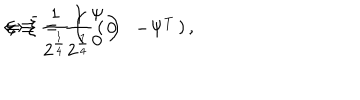
\Leftrightarrow \bar { \xi } = { \frac { 1 } { 2 ^ { \frac { 1 } { 4 } } } } \left( \begin{matrix} { { 0 } } & { { - \Psi ^ { T } } } \\ \end{matrix} \right) , \, \hspace { 2 m m } \xi \equiv { \frac { 1 } { 2 ^ { \frac { 1 } { 4 } } } } \left( \begin{matrix} { { \Psi } } \\ { { 0 } } \\ \end{matrix} \right)